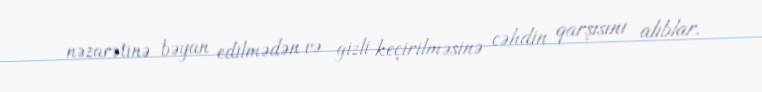
nəzarətinə bəyan edilmədən və gizli keçirilməsinə cəhdin qarşısını alıblar.